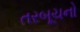
તરબૂચનો